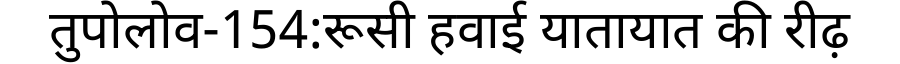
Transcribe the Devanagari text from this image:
तुपोलोव-154:रूसी हवाई यातायात की रीढ़